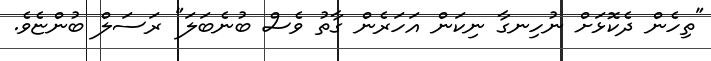
"ތިހެން ދެކޮޅަށް ނުހިނގާ ނިކަން އަހަރެން ގާތު ވެސް ބުނެބަލަ" ރަސަލް ބުންޏެވެ.